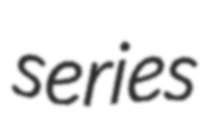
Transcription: series